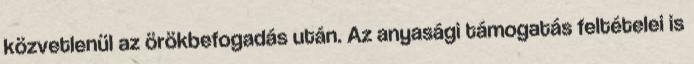
közvetlenül az örökbefogadás után. Az anyasági támogatás feltételei is